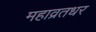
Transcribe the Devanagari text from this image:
महाव्रतधर